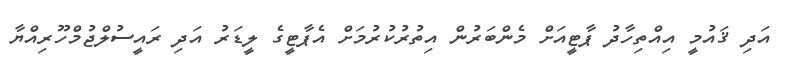
އަދި ޤައުމީ އިއްތިހާދު ޕާޓީއަށް މެންބަރުން އިތުރުކުރުމަށް އެޕާޓީގެ ލީޑަރު އަދި ރައީސުލްޖުމްހޫރިއްޔާ